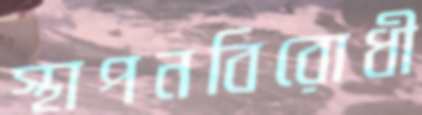
স্থাপনবিরোধী